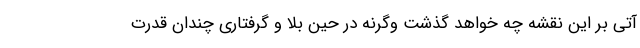
آتی بر این نقشه چه خواهد گذشت وگرنه در حین بلا و گرفتاری چندان قدرت